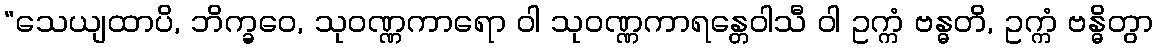
“သေယျထာပိ, ဘိက္ခဝေ, သုဝဏ္ဏကာရော ဝါ သုဝဏ္ဏကာရန္တေဝါသီ ဝါ ဥက္ကံ ဗန္ဓတိ, ဥက္ကံ ဗန္ဓိတွာ